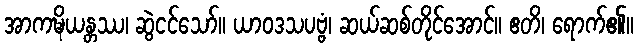
အာကဍ္ဎိယန္တဿ၊ ဆွဲငင်သော်။ ယာဝဒသပဗ္ဗံ၊ ဆယ်ဆစ်တိုင်အောင်။ ဧတိ၊ ရောက်၏။